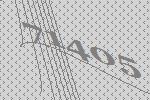
71405